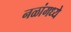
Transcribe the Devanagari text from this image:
नळांमध्ये